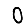
Digit: 0